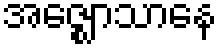
အဇ္ဈောသာနေ